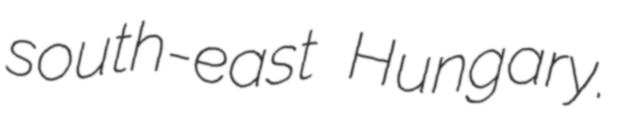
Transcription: south-east Hungary.